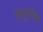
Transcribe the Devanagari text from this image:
अनुमोल